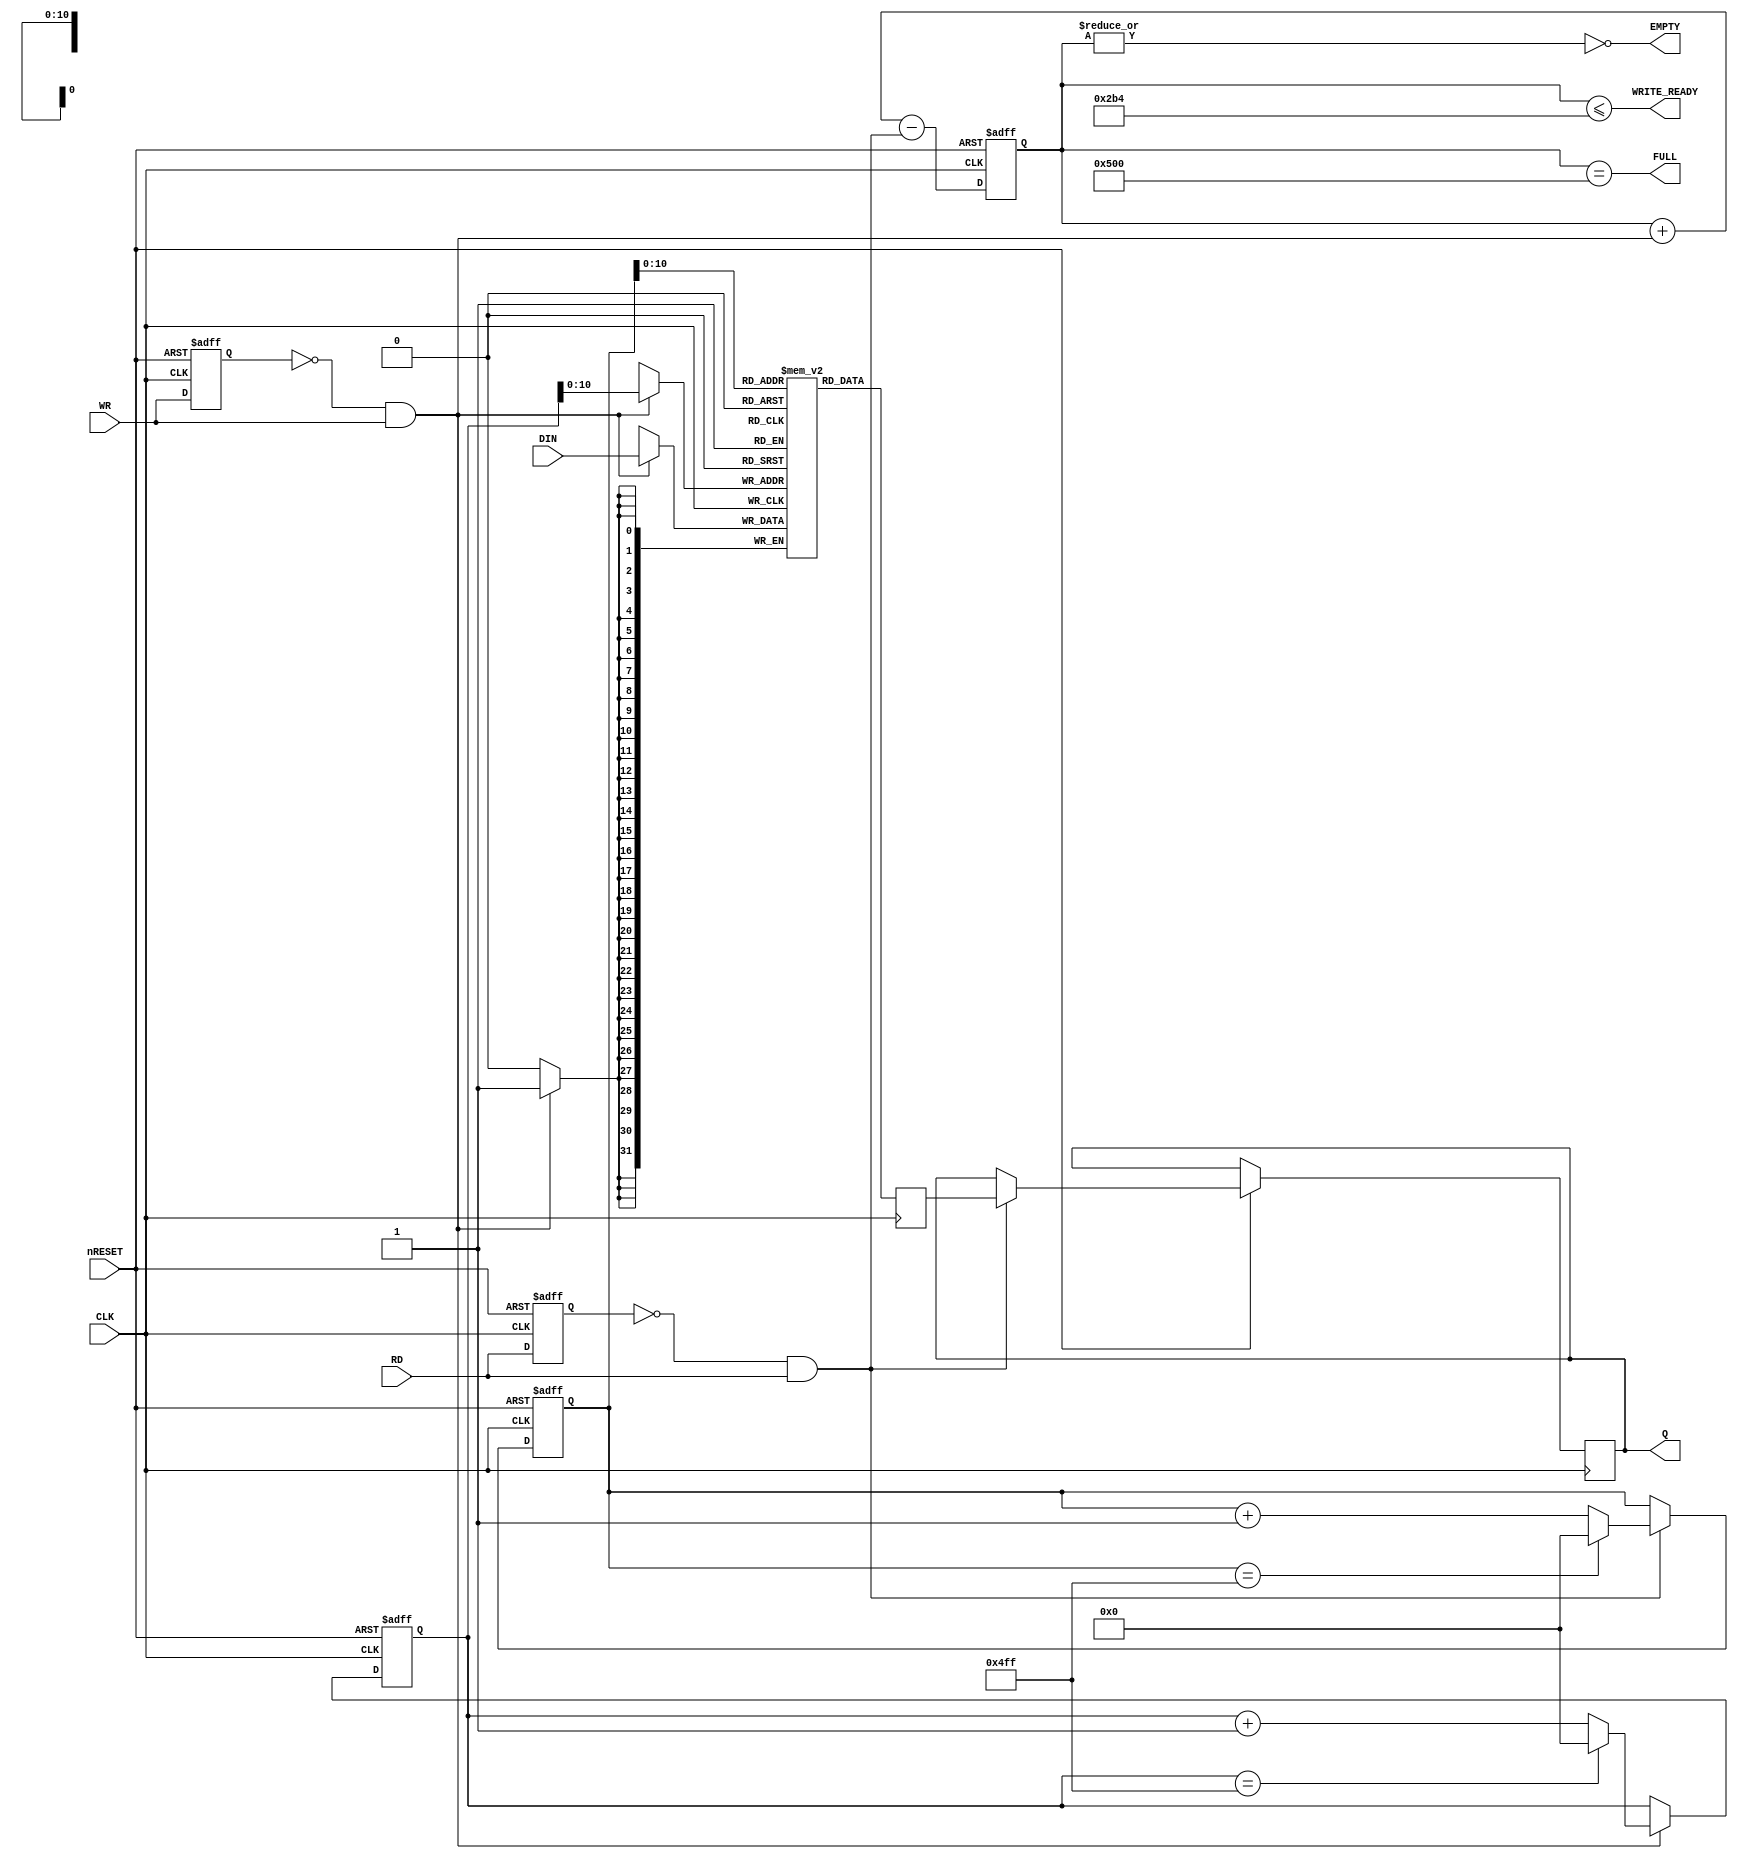
module CDDA_FIFO
(
	input      CLK,
	input      nRESET,
	input      RD,
	input      WR,
	input      [31:0] DIN,
	output     FULL,
	output     EMPTY,
	output     WRITE_READY,
	output reg [31:0] Q

);

localparam SECTOR_SIZE = 2352*8/32;
localparam BUFFER_AMOUNT = 5 * 1024*8/32;

reg OLD_WRITE, OLD_READ;

reg [12:0] FILLED_COUNT;
reg [12:0] READ_ADDR, WRITE_ADDR;

wire WRITE_REQ = ~OLD_WRITE & WR;
wire READ_REQ = ~OLD_READ & RD;

assign FULL = (FILLED_COUNT == BUFFER_AMOUNT);
assign EMPTY = ~|FILLED_COUNT;
assign WRITE_READY = (FILLED_COUNT <= (BUFFER_AMOUNT - SECTOR_SIZE)); // Ready to receive sector

always @(posedge CLK or negedge nRESET) begin
	if (~nRESET) begin
		OLD_WRITE <= 0;
		OLD_READ <= 0;
		READ_ADDR <= 0;
		WRITE_ADDR <= 0;
		FILLED_COUNT <= 0;
	end else begin
		OLD_WRITE <= WR;
		OLD_READ <= RD;

		if (WRITE_REQ) begin
			if (WRITE_ADDR == BUFFER_AMOUNT-1) begin
				WRITE_ADDR <= 0;
			end else begin
				WRITE_ADDR <= WRITE_ADDR + 1'b1;
			end
		end

		if (READ_REQ) begin
			if (READ_ADDR == BUFFER_AMOUNT-1) begin
				READ_ADDR <= 0;
			end else begin
				READ_ADDR <= READ_ADDR + 1'b1;
			end
			Q <= BUFFER_Q;
		end

		FILLED_COUNT <= FILLED_COUNT + WRITE_REQ - READ_REQ;
	end
end

reg [31:0] BUFFER[BUFFER_AMOUNT];
reg [31:0] BUFFER_Q;
always @(posedge CLK) begin
	BUFFER_Q <= BUFFER[READ_ADDR];
	if (WRITE_REQ) begin
		BUFFER[WRITE_ADDR] <= DIN;
	end
end

endmodule